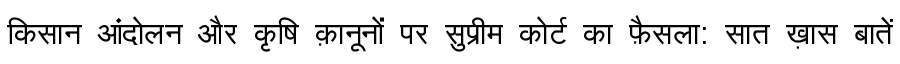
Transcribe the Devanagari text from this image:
किसान आंदोलन और कृषि क़ानूनों पर सुप्रीम कोर्ट का फ़ैसला: सात ख़ास बातें